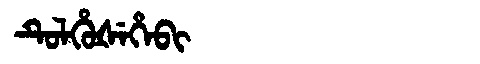
Manchu: ᡨᡠᠯᡥᡠᡧᡝᡥᡝᠪᡳ
Romanization: TULHUŠEHEBI